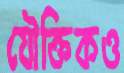
যৌক্তিকও